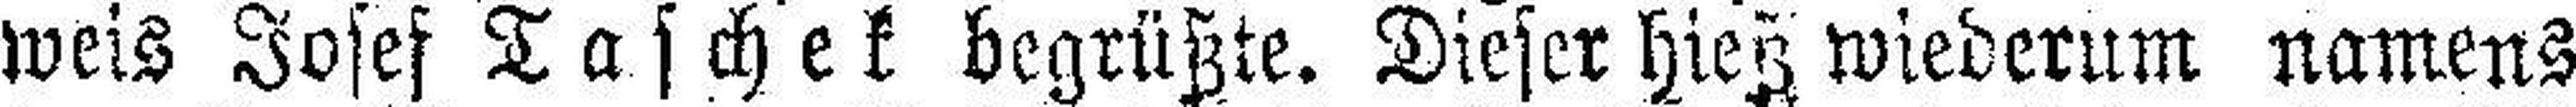
weis Josef Taschek begrüßte. Dieser hieß wiederum namens